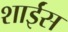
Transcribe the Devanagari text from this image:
शाईंस